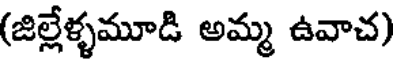
(జిల్లేళ్ళమూడి అమ్మ ఉవాచ)